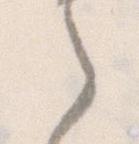
之